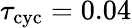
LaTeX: \tau_{\mathrm{cyc}}=0.04